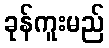
ခုန်ကူးမည်